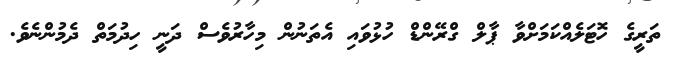
ތަރީގެ ހޮޓަލެއްކަމަށްވާ ޕާލް ގްރޭންޑް ހުޅުވައި އެތަނުން މިހާރުވެސް ދަނީ ހިދުމަތް ދެމުންނެވެ.